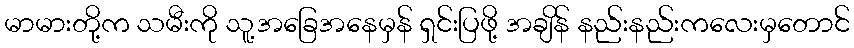
မာမားတို့က သမီးကို သူ့အခြေအနေမှန် ရှင်းပြဖို့ အချိန် နည်းနည်းကလေးမှတောင်